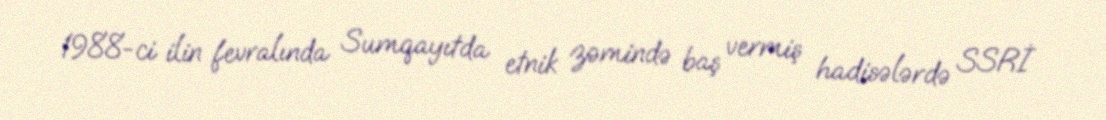
1988-ci ilin fevralında Sumqayıtda etnik zəmində baş vermiş hadisələrdə SSRİ